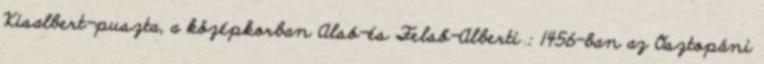
Kisalbert-puszta, a középkorban Alsó-és Felső-Alberti : 1456-ban az Osztopáni